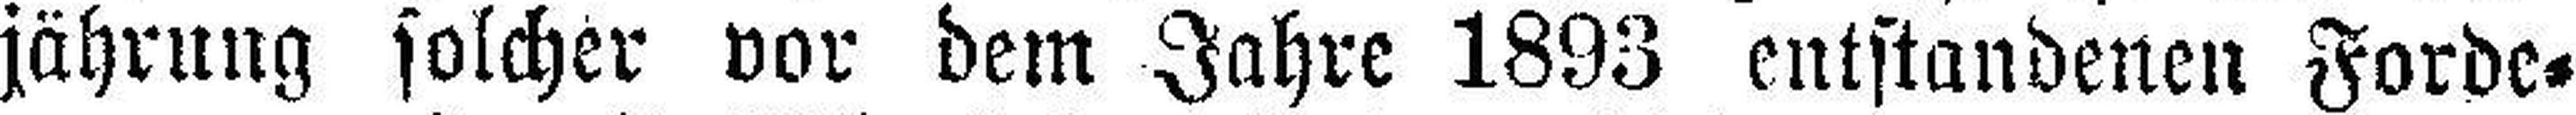
jährung solcher vor dem Jahre 1893 entstandenen Forde¬